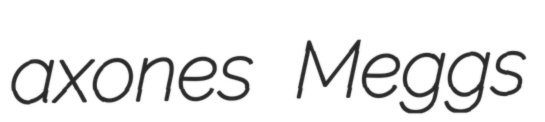
axones Meggs